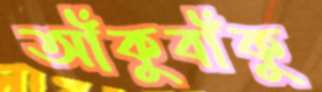
আঁকুবাঁকু